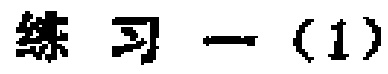
练习一（1）